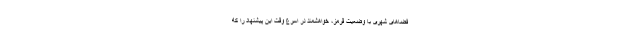
فضاهای شهری با وضعیت قرمز، خواهشمند در اسرع وقت این پیشنهاد را که